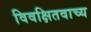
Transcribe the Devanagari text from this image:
विवक्षितवाच्य